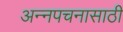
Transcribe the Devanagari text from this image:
अन्‍नपचनासाठी